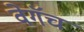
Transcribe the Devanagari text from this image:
वेगॅच